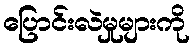
ပြောင်းလဲမှုများကို